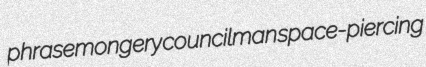
phrasemongery councilman space-piercing